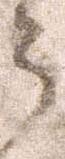
う